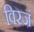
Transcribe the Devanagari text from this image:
विरजं